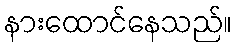
နားထောင်နေသည်။